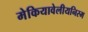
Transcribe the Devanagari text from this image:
मेकियावेलीयनिस्म